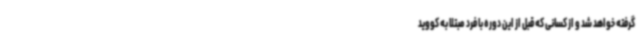
گرفته خواهد شد و از کسانی که قبل از این دوره با فرد مبتلا به کووید